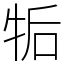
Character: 㸸